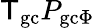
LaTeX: {\sf T}_{\mathrm{gc}}P_{\mathrm{gc}\Phi}